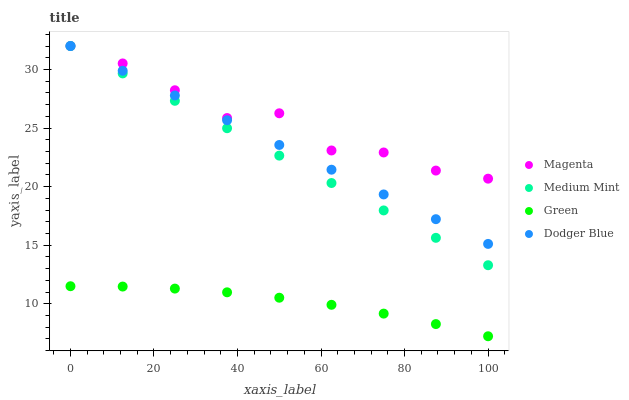
| xaxis_label | Magenta | Medium Mint | Green | Dodger Blue |
 | --- | --- | --- | --- | --- |
 | 0 | 32 | 32 | 11.5 | 32 |
 | 12.5 | 30.5 | 29.7 | 11.5 | 29.9 |
 | 25 | 28.2 | 27.3 | 11.3 | 27.8 |
 | 37.5 | 25.9 | 25 | 11 | 25.7 |
 | 50 | 26.3 | 22.6 | 10.5 | 23.6 |
 | 62.5 | 23.1 | 20.3 | 9.91 | 21.4 |
 | 75 | 22.9 | 18 | 9.16 | 19.3 |
 | 87.5 | 21.4 | 15.6 | 8.27 | 17.2 |
 | 100 | 20.7 | 13.3 | 7.23 | 15.1 |